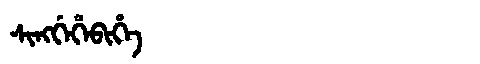
Manchu: ᠰᡳᠩᡤᡝᡥᡝᠪᡳᡥᡝ
Romanization: SINGGEHEBIHE